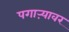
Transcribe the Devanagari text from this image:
पगाऱ्यावर